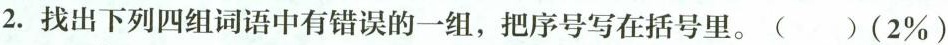
2.找出下列四组词语中有错误的一组，把序号写在括号里。()(2\%)